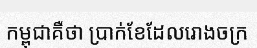
កម្ពុជាគឺថា ប្រាក់ខែដែលរោងចក្រ